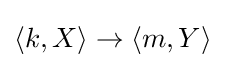
\langle k,X\rangle \to \langle m,Y\rangle